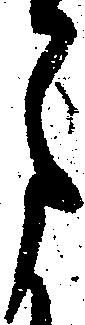
月